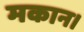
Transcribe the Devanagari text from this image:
मकान।